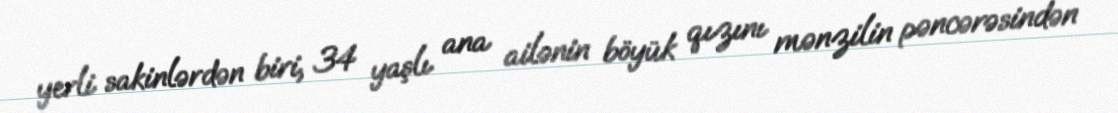
yerli sakinlərdən biri, 34 yaşlı ana ailənin böyük qızını mənzilin pəncərəsindən